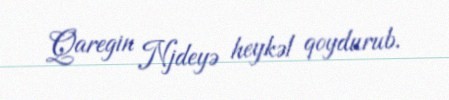
Qaregin Njdeyə heykəl qoydurub.